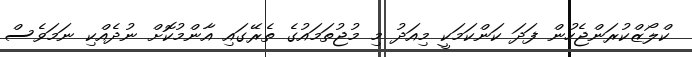
ކްލޯޒްކުރަންޖެހުން ފަދަ ކަންކަމަކީ މިއަދު މި މުޖުތަމައުގެ ތެރޭގައި އާންމުކޮށް ނުދެއްކި ނަމަވެސް